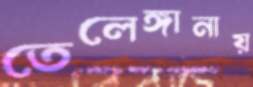
তেলেঙ্গানায়